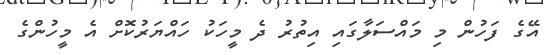
އޭގެ ފަހުން މި މައްސަލާގައި އިތުރު ދެ މީހަކު ހައްޔަރުކޮށް އެ މީހުންގެ